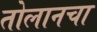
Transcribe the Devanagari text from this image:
तोलानचा